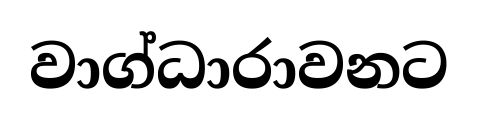
වාග්ධාරාවනට